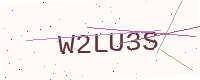
Text: W2LU3S